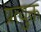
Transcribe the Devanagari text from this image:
प्रत्युक्त